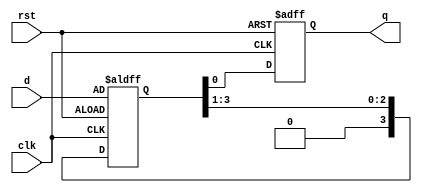
module piso(clk,rst,d,q);
  
input clk,rst;
  input [3:0]d;
output reg q;
 reg [3:0]temp;
  
  
  always@(posedge clk,posedge rst) begin
    if(rst == 1)begin
		q <= 0;
		temp <= d;
	end else begin
		q <= temp[0];
		temp <= temp >> 1;
	end
end
endmodule